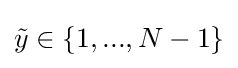
{\tilde {y}}\in \left\{1,...,N-1\right\}